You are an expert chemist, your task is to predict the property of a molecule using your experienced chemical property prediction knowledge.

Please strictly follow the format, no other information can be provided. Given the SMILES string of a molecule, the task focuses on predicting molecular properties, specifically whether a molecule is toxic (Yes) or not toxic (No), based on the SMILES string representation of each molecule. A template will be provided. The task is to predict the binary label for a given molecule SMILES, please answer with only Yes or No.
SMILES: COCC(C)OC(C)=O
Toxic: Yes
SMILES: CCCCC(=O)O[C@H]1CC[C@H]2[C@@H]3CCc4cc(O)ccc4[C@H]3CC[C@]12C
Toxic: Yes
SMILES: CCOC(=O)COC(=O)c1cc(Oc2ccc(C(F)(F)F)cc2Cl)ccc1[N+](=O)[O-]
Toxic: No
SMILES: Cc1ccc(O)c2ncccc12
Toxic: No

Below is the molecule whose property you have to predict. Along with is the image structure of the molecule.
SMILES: CN1C(=O)CCS(=O)(=O)C1c1ccc(Cl)cc1
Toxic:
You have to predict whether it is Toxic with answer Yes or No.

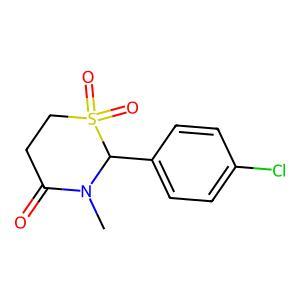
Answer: No